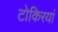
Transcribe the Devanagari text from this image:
टोकिरयां